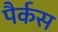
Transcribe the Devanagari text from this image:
पैर्कस